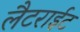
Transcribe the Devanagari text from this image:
लैटराईट